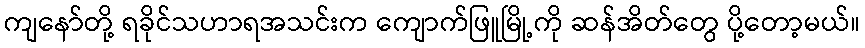
ကျနော်တို့ ရခိုင်သဟာရအသင်းက ကျောက်ဖြူမြို့ကို ဆန်အိတ်တွေ ပို့တော့မယ်။